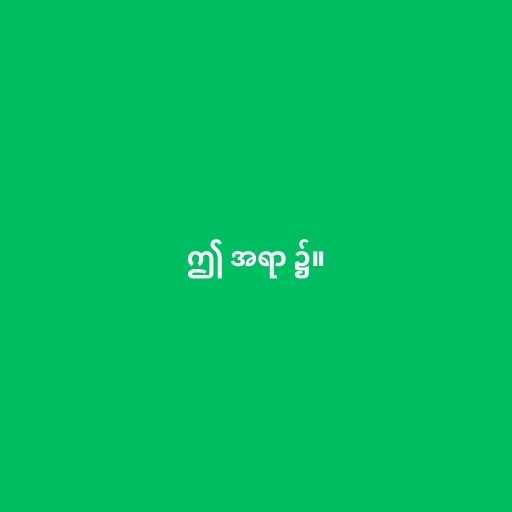
ဤ အရာ ၌။